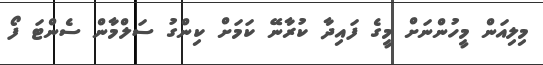
މިލިއަން މީހުންނަށް މީގެ ފައިދާ ކުރާނޭ ކަމަށް ކިންގު ސަލްމާން ސެންޓަ ފޯ